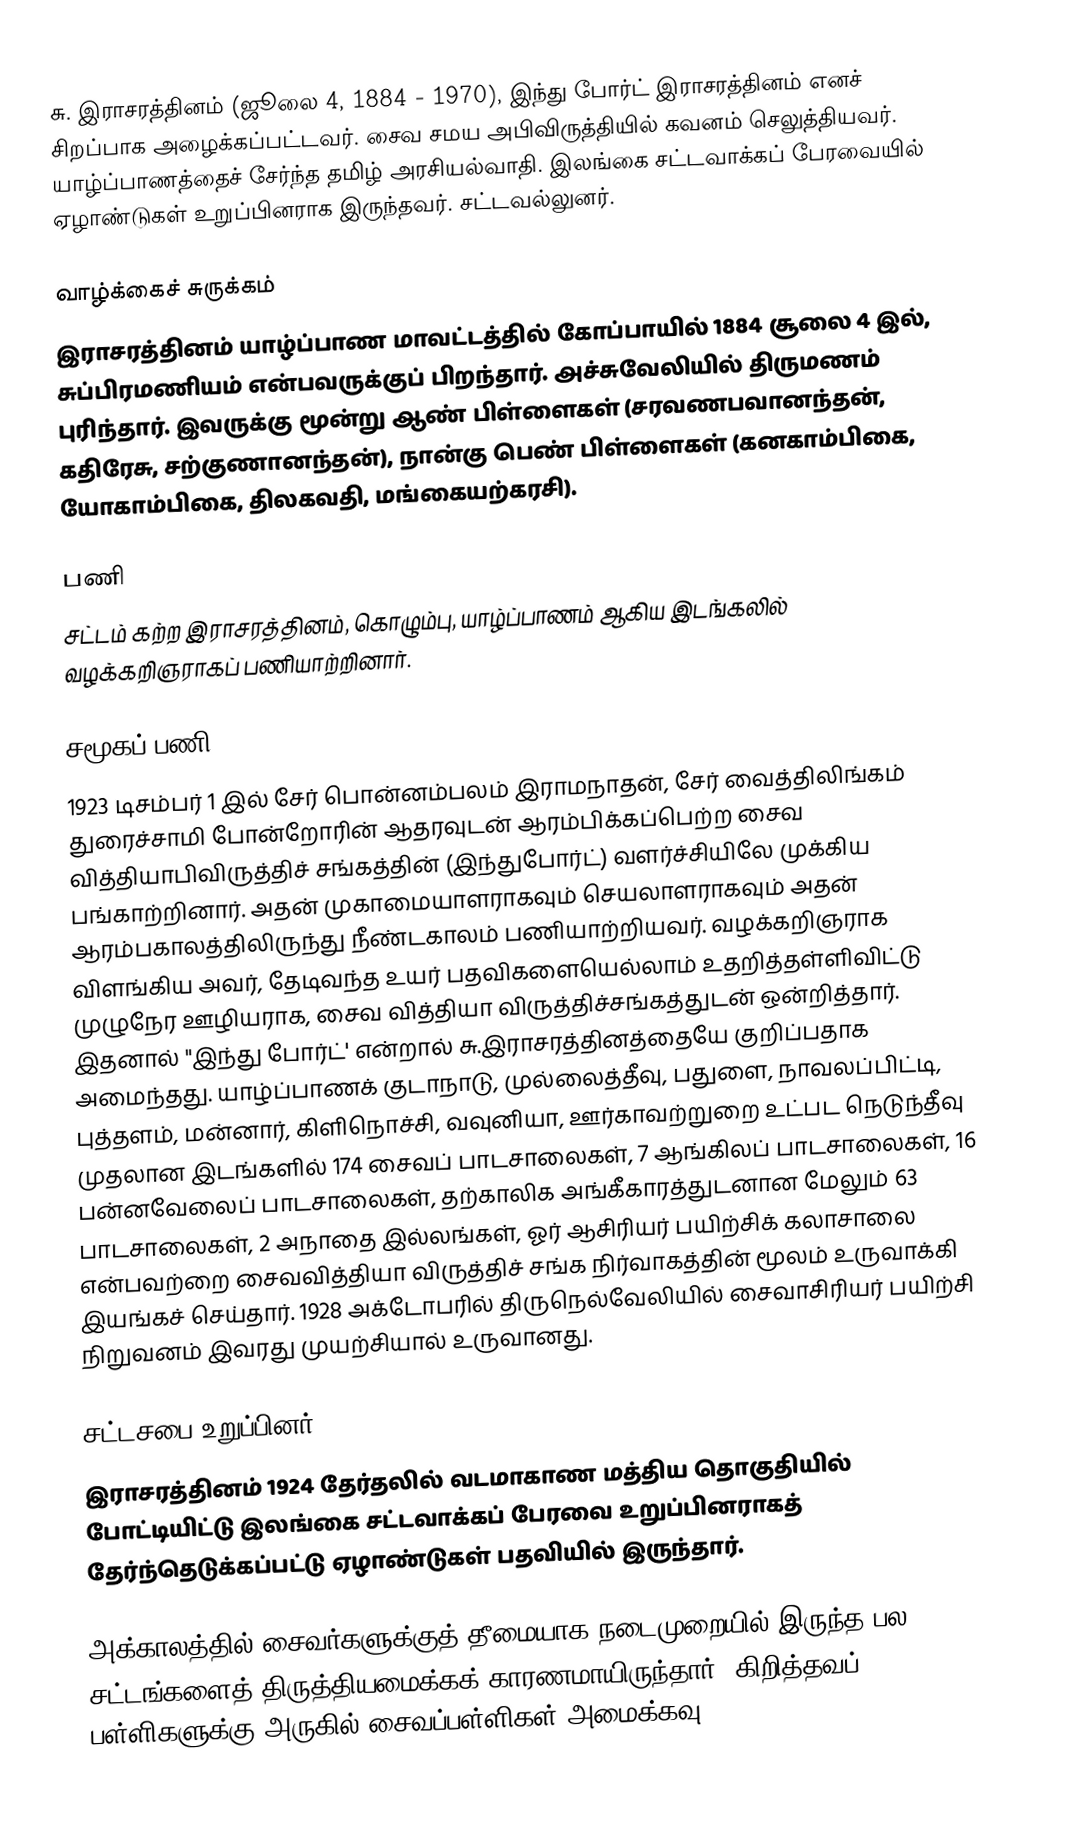
சு. இராசரத்தினம் (ஜூலை 4, 1884 - 1970), இந்து போர்ட் இராசரத்தினம் எனச் சிறப்பாக அழைக்கப்பட்டவர். சைவ சமய அபிவிருத்தியில் கவனம் செலுத்தியவர். யாழ்ப்பாணத்தைச் சேர்ந்த தமிழ் அரசியல்வாதி. இலங்கை சட்டவாக்கப் பேரவையில் ஏழாண்டுகள் உறுப்பினராக இருந்தவர். சட்டவல்லுனர்.

வாழ்க்கைச் சுருக்கம்
இராசரத்தினம் யாழ்ப்பாண மாவட்டத்தில் கோப்பாயில் 1884 சூலை 4 இல், சுப்பிரமணியம் என்பவருக்குப் பிறந்தார். அச்சுவேலியில் திருமணம் புரிந்தார். இவருக்கு மூன்று ஆண் பிள்ளைகள் (சரவணபவானந்தன், கதிரேசு, சற்குணானந்தன்), நான்கு பெண் பிள்ளைகள் (கனகாம்பிகை, யோகாம்பிகை, திலகவதி, மங்கையற்கரசி).

பணி
சட்டம் கற்ற இராசரத்தினம், கொழும்பு, யாழ்ப்பாணம் ஆகிய இடங்கலில் வழக்கறிஞராகப் பணியாற்றினார்.

சமூகப் பணி
1923 டிசம்பர் 1 இல் சேர் பொன்னம்பலம் இராமநாதன், சேர் வைத்திலிங்கம் துரைச்சாமி போன்றோரின் ஆதரவுடன் ஆரம்பிக்கப்பெற்ற சைவ வித்தியாபிவிருத்திச் சங்கத்தின் (இந்துபோர்ட்) வளர்ச்சியிலே முக்கிய பங்காற்றினார். அதன் முகாமையாளராகவும் செயலாளராகவும் அதன் ஆரம்பகாலத்திலிருந்து நீண்டகாலம் பணியாற்றியவர். வழக்கறிஞராக விளங்கிய அவர், தேடிவந்த உயர் பதவிகளையெல்லாம் உதறித்தள்ளிவிட்டு முழுநேர ஊழியராக, சைவ வித்தியா விருத்திச்சங்கத்துடன் ஒன்றித்தார். இதனால் "இந்து போர்ட்' என்றால் சு.இராசரத்தினத்தையே குறிப்பதாக அமைந்தது. யாழ்ப்பாணக் குடாநாடு, முல்லைத்தீவு, பதுளை, நாவலப்பிட்டி, புத்தளம், மன்னார், கிளிநொச்சி, வவுனியா, ஊர்காவற்றுறை உட்பட நெடுந்தீவு முதலான இடங்களில் 174 சைவப் பாடசாலைகள், 7 ஆங்கிலப் பாடசாலைகள், 16 பன்னவேலைப் பாடசாலைகள், தற்காலிக அங்கீகாரத்துடனான மேலும் 63 பாடசாலைகள், 2 அநாதை இல்லங்கள், ஓர் ஆசிரியர் பயிற்சிக் கலாசாலை என்பவற்றை சைவவித்தியா விருத்திச் சங்க நிர்வாகத்தின் மூலம் உருவாக்கி இயங்கச் செய்தார். 1928 அக்டோபரில் திருநெல்வேலியில் சைவாசிரியர் பயிற்சி நிறுவனம் இவரது முயற்சியால் உருவானது.

சட்டசபை உறுப்பினர்
இராசரத்தினம் 1924 தேர்தலில் வடமாகாண மத்திய தொகுதியில் போட்டியிட்டு இலங்கை சட்டவாக்கப் பேரவை உறுப்பினராகத் தேர்ந்தெடுக்கப்பட்டு  ஏழாண்டுகள் பதவியில் இருந்தார்.

அக்காலத்தில் சைவர்களுக்குத் தீமையாக நடைமுறையில் இருந்த பல சட்டங்களைத் திருத்தியமைக்கக் காரணமாயிருந்தார். கிறித்தவப் பள்ளிகளுக்கு அருகில் சைவப்பள்ளிகள் அமைக்கவு